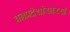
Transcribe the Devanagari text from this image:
वनप्रदेशांसारखे